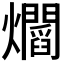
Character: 𤓁